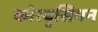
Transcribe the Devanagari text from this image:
कोरबुसियन